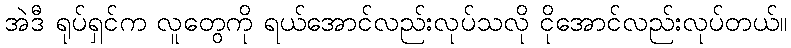
အဲဒီ ရုပ်ရှင်က လူတွေကို ရယ်အောင်လည်းလုပ်သလို ငိုအောင်လည်းလုပ်တယ်။